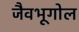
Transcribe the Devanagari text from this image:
जैवभूगोल